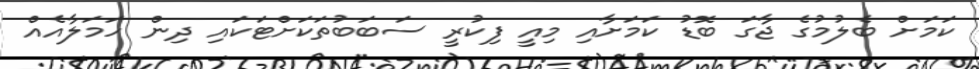
ކަމަށް ބެލުމުގެ ޖާގަ ބޮޑު ކަމަށާއި މިއީ ފިކުރީ ސަބަބުތަކަަށްޓަކައި ދިން ހަމަލާއެއް